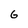
Character: G